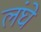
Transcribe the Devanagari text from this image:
लंघे